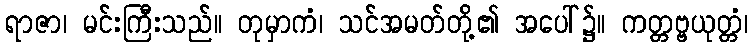
ရာဇာ၊ မင်းကြီးသည်။ တုမှာကံ၊ သင်အမတ်တို့၏ အပေါ်၌။ ကတ္တဗ္ဗယုတ္တံ၊